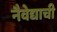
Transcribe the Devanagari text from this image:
नैवेद्याची